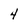
Character: 4